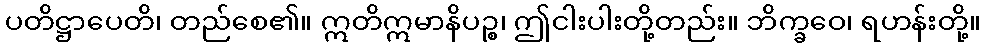
ပတိဋ္ဌာပေတိ၊ တည်စေ၏။ ဣတိဣမာနိပဉ္စ၊ ဤငါးပါးတို့တည်း။ ဘိက္ခဝေ၊ ရဟန်းတို့။